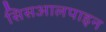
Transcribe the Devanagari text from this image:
सिसआलपाइन